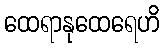
ထေရာနုထေရေဟိ